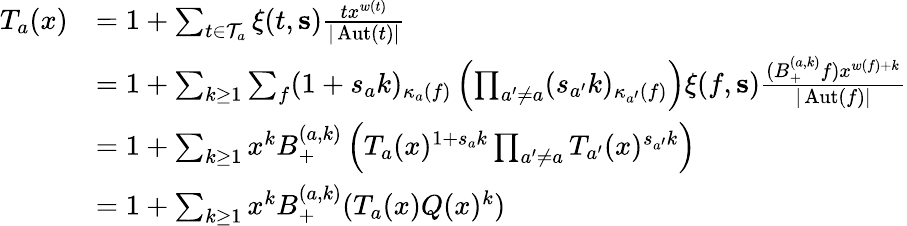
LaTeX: \begin{array}{rl}{T_{a}(x)}&{=1+\sum_{t\in\mathcal T_{a}}\xi(t,\mathbf s)\frac{tx^{w(t)}}{|\operatorname{Aut}(t)|}}\\ &{=1+\sum_{k\ge 1}\sum_{f}(1+s_{a}k)_{\kappa_{a}(f)}\left(\prod_{a^{\prime}\ne a}(s_{a^{\prime}}k)_{\kappa_{a^{\prime}}(f)}\right)\xi(f,\mathbf s)\frac{(B_{+}^{(a,k)}f)x^{w(f)+k}}{|\operatorname{Aut}(f)|}}\\ &{=1+\sum_{k\ge 1}x^{k}B_{+}^{(a,k)}\left(T_{a}(x)^{1+s_{a}k}\prod_{a^{\prime}\ne a}T_{a^{\prime}}(x)^{s_{a^{\prime}}k}\right)}\\ &{=1+\sum_{k\ge 1}x^{k}B_{+}^{(a,k)}(T_{a}(x)Q(x)^{k})}\end{array}